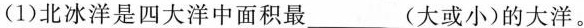
(1)北冰洋是四大洋中面积最___(大或小)的大洋。